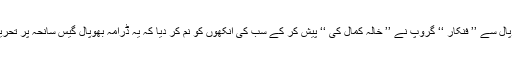
اسی طرح بھوپال سے ’’ فنکار ‘‘ گروپ نے ’’ خالہ کمال کی ‘‘ پیش کر کے سب کی آنکھوں کو نم کر دیا کہ یہ ڈرامہ بھوپال گیس سانحہ پر تحریر کیا گیا تھا ۔